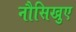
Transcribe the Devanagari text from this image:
नौसिखुए